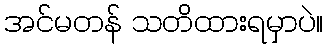
အင်မတန် သတိထားရမှာပဲ။